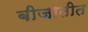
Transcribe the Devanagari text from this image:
बीजातीत